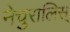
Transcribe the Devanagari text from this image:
नेचुरालिस्